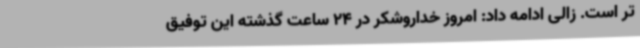
تر است. زالی ادامه داد: امروز خداروشکر در 24 ساعت گذشته این توفیق